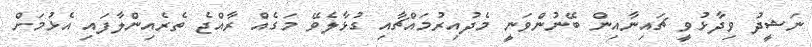
ނަޝީދު ވިދާޅުވީ ޗައިނާއިން ބޭނުންވަނީ މެދުއިރުމައްޗާއި ގުޅާލެވޭ މަގެއް ރާއްޖެ ތެރެއިންލާފައި އެޅުމަށް